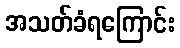
အသတ်ခံရကြောင်း